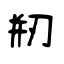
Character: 剏